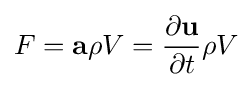
F={\mathbf {a}}\rho V={\frac {\partial {\mathbf {u}}}{\partial t}}\rho V